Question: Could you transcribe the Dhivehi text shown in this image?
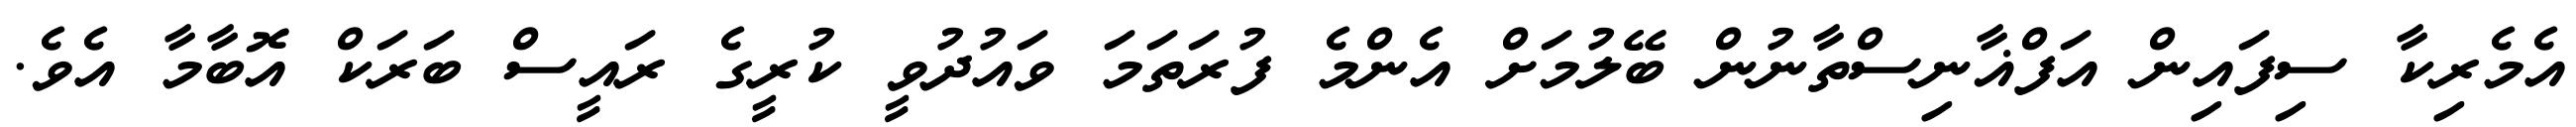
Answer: އެމެރިކާ ސިފައިން އަފްޣާނިސްތާނުން ބޭލުމަށް އެންމެ ފުރަތަމަ ވައުދުވީ ކުރީގެ ރައީސް ބަރަކް އޮބާމާ އެވެ.